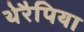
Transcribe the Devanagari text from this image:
थेरैपिया